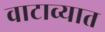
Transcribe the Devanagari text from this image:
वाटाव्यात